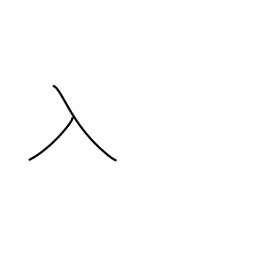
Meaning: enter